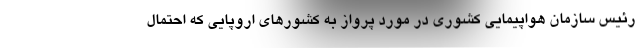
رئیس سازمان هواپیمایی کشوری در مورد پرواز به کشورهای اروپایی که احتمال